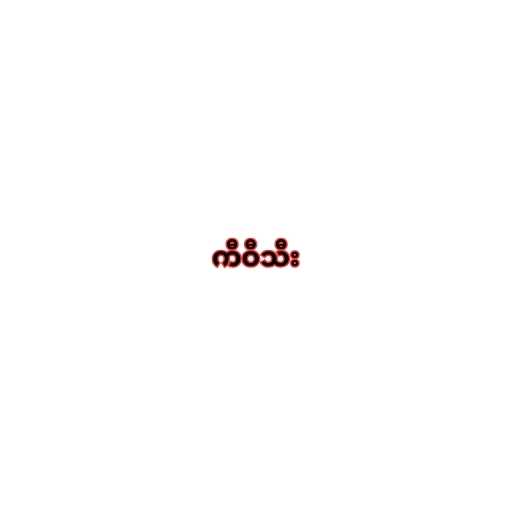
ကီဝီသီး